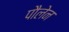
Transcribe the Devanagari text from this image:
पौलेन